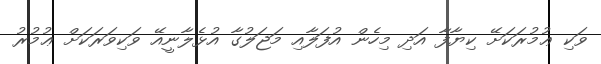
ވަކި ޢުމުރަކަށޭ ކިޔާފާ އަދި މިހެން އުފަލާއި މަޖަލުގާ އުޅެލާނީއޭ ވަކިވަރަކަށް ޢުމުރު